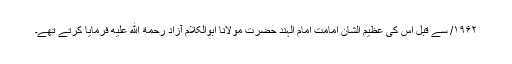
۱۹۶۲/ سے قبل اس کی عظیم الشان امامت امام الہند حضرت مولانا ابوالکلام آزاد رحمة الله عليه فرمایا کرتے تھے۔